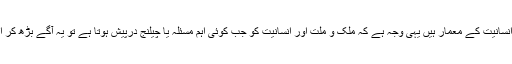
انہوں نے کہا ائمہ کرام ملک و ملت اور انسانیت کے معمار ہیں یہی وجہ ہے کہ ملک و ملت اور انسانیت کو جب کوئی اہم مسئلہ یا چیلنج درپیش ہوتا ہے تو یہ آگے بڑھ کر اپنا تاریخی و منصبی کردارادا کرتے ہیں۔